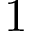
1